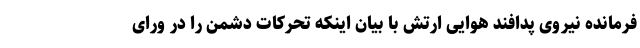
فرمانده نیروی پدافند هوایی ارتش با بیان اینکه تحرکات دشمن را در ورای